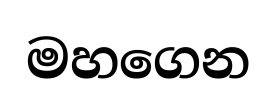
මහගෙන